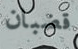
قضبان